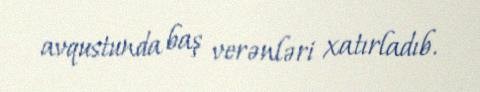
avqustunda baş verənləri xatırladıb.